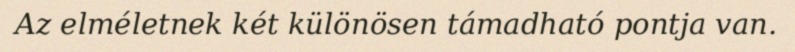
Az elméletnek két különösen támadható pontja van.